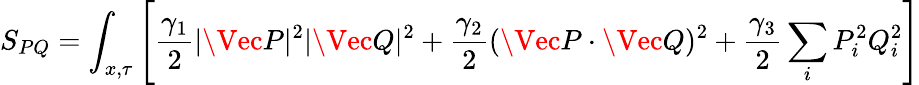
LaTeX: S_{PQ}=\int_{x,\tau}\left[\frac{\gamma_{1}}{2}|\Vec{P}|^{2}|\Vec{Q}|^{2}+\frac{\gamma_{2}}{2}(\Vec{P}\cdot\Vec{Q})^{2}+\frac{\gamma_{3}}{2}\sum_{i}P_{i}^{2}Q_{i}^{2}\right]